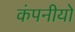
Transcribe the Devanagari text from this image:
कंपनीयो